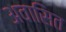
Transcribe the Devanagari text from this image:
अवासित